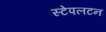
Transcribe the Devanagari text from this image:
स्टेपलटन